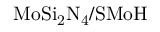
\mathrm { M o S i _ { 2 } N _ { 4 } / S M o H }